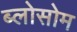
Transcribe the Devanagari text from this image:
ब्लोसोम